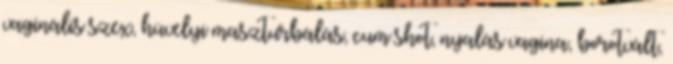
vaginális szex, hüvelyi maszturbálás, cum shot, nyalás vagina, borotvált,